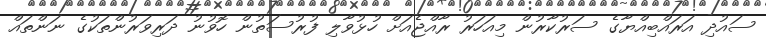
ސައުދި އަރައްބިއްޔާގެ ސަރުކާރުން މިއަހަރު ރާއްޖެއަށް ހުޅުވާލި ފުރުސަތުން ހޮވުނު ދަރިވަރުންތަކުގެ ނަަންތައް